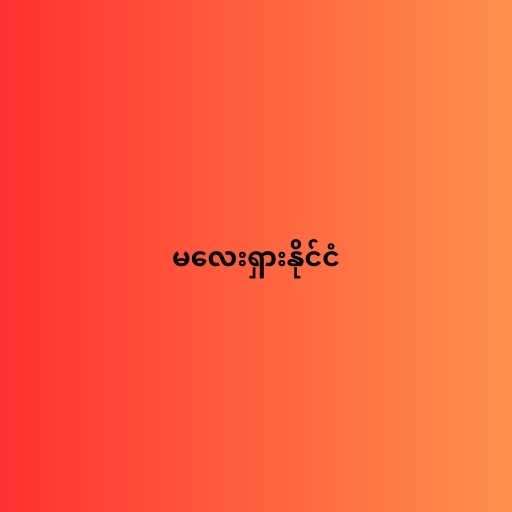
မလေးရှားနိုင်ငံ